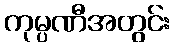
ကုမ္ပဏီအတွင်း